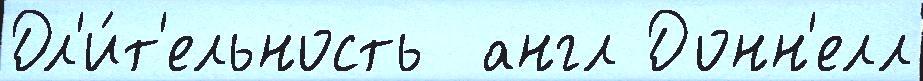
Дл'и́т'ельность  англ Донн'елл